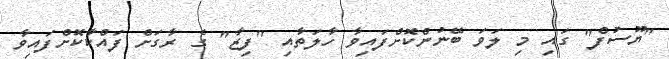
"ޔޫސުފް" ގައި މި ލަވަ ބޭނުންކޮށްފައިވާ ހާލަތާއި "ފިޒާ" ގެ ރާގަށް ފައްކާކޮށްފައިވާ